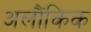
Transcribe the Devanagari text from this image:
अलौंकिक